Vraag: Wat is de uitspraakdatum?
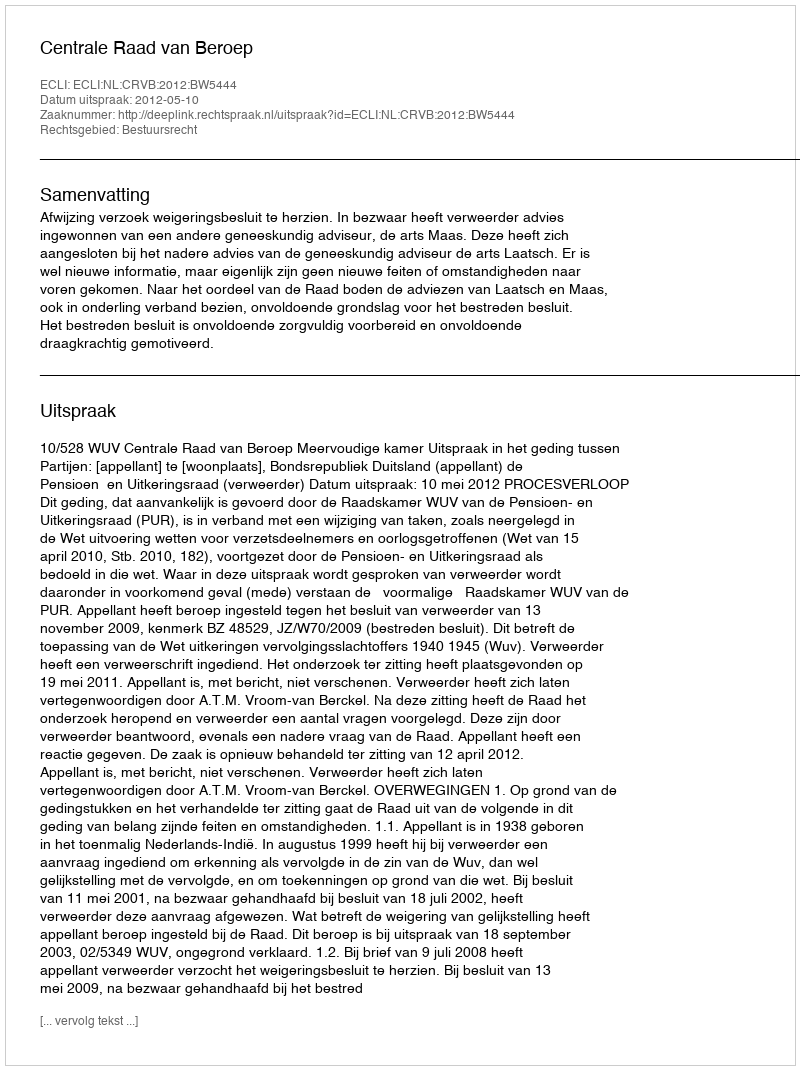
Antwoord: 2012-05-10